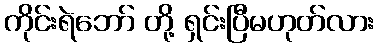
ကိုင်းရဲဘော် တို့ ရှင်းပြီမဟုတ်လား